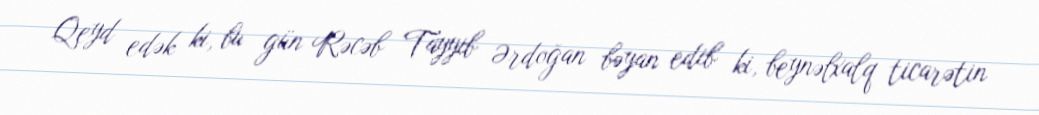
Qeyd edək ki, bu gün Rəcəb Tayyib Ərdoğan bəyan edib ki, beynəlxalq ticarətin